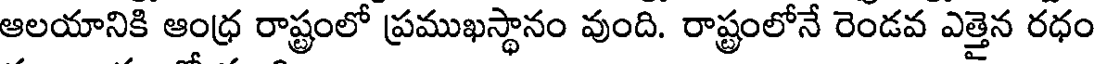
ఆలయానికి ఆంధ్ర రాష్ట్రంలో ప్రముఖస్థానం వుంది. రాష్ట్రంలోనే రెండవ ఎత్తైన రధం